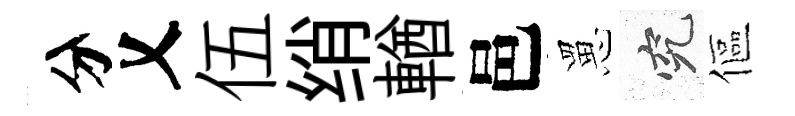
分乂伍绡輶邑罳究傴